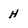
Character: h